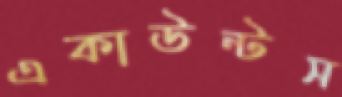
একাউন্টস